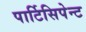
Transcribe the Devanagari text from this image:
पार्टिसिपेन्ट